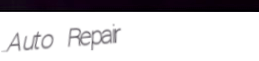
Auto Repair